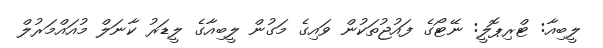
ލީބިއާ: ޓްރިޕޮލީ: ނޭޓޯގެ ފައުޖުތަކުން ވައިގެ މަގުން ލީބިއާގެ ލީޑަރު ކާނަލް މުއައްމަރުލް